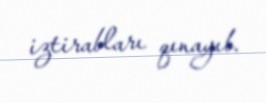
iztirabları qınayıb.